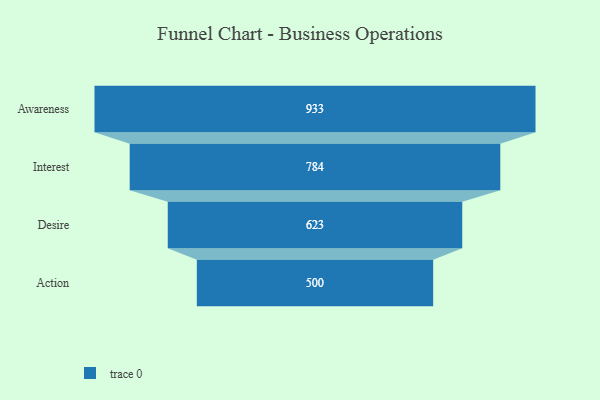
{"axis": {"x": "Stage", "y": "Value"}, "legend": [""], "data": [{"x": "Awareness", "y": 933.0, "type": ""}, {"x": "Interest", "y": 784.0, "type": ""}, {"x": "Desire", "y": 623.0, "type": ""}, {"x": "Action", "y": 500, "type": ""}]}